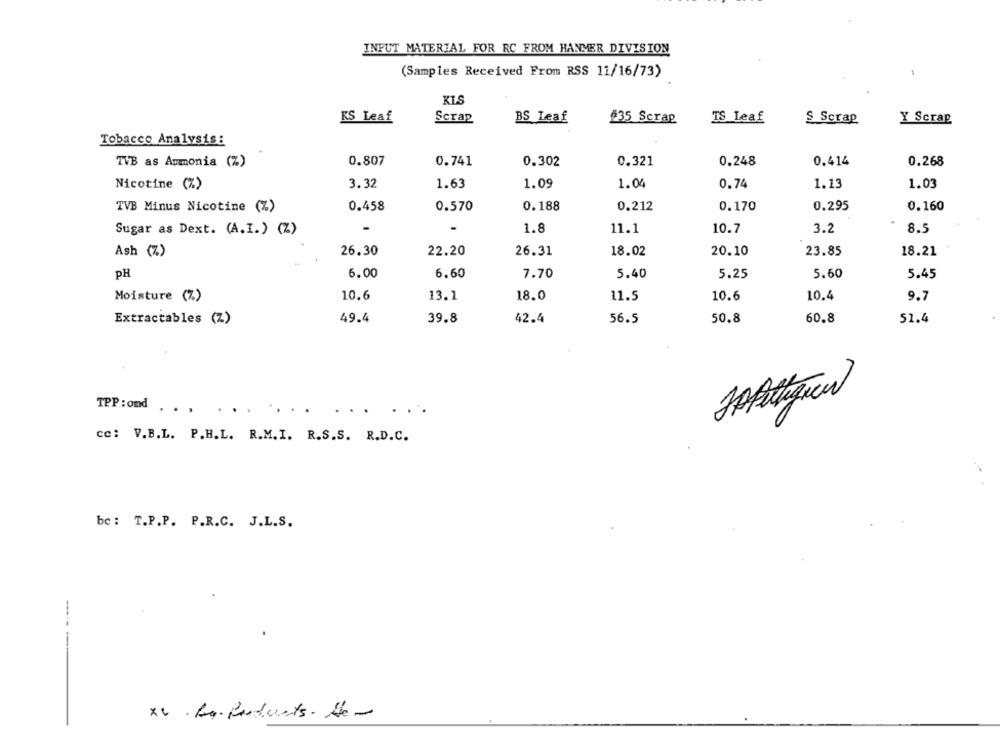
INPUT MATERIAL FOR RC FROM HANMER DIVISION
(Samples Received From RSS 11/16/73)
KIS
KS Leaf
Scrap
BS Leaf
#35 Scrap
IS Leaf
S Scrap
Y Scrap
Tobacco Analysis:
TVB as Ammonia (%)
0.807
0.741
0.302
0.321
0.248
0.414
0.268
Nicotine (%)
3.32
1.63
1.09
1.04
0.74
1.13
1.03
TVB Minus Nicotine (%)
0.458
0.570
0.188
0.212
0.170
0.295
0.160
Sugar as Dext. (A.I.) (Z)
1.8
11.1
10.7
3.2
8.5
Ash (Z)
26.30
22.20
26.31
18.02
20.10
23.85
18.21
PH
6.00
6.60
7.70
5.40
5.25
5.60
5.45
Moisture (%)
10.6
13.1
18.0
11.5
10.6
10.4
9.7
Extractables (Z)
49.4
39.8
42.4
56.5
50.8
60.8
51.4
TPP : ond ..
cc: V.B.L. P.H.L. R.M.I. R.S.S. R.D.C.
be: T.P.P. P.R.C. J.L.S.
XV . A. Products. He-